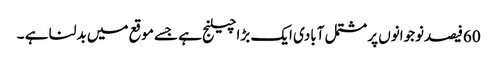
60فیصدنوجوانوں پر مشتمل آبادی ایک بڑا چیلنج ہے جسے موقع میں بدلنا ہے ۔